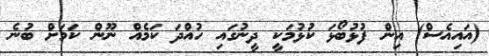
(އައިއެސް) އިން ފުޅުބޯޅަ ކުޅުމަކީ ދީނުގައި ހުއްދަ ކަމެއް ނޫން ކަމަށް ބުނެ